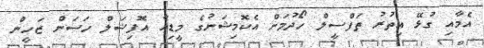
އެމާއި ގުޅޭ އިތުރު ތަފްސީލް ހޯދުމަށް އެކޮމިޝަނުގެ މީޑިއާ އޮފިޝަލް ހަސަން ޒަހީން